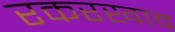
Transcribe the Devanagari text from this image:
रकरखाव